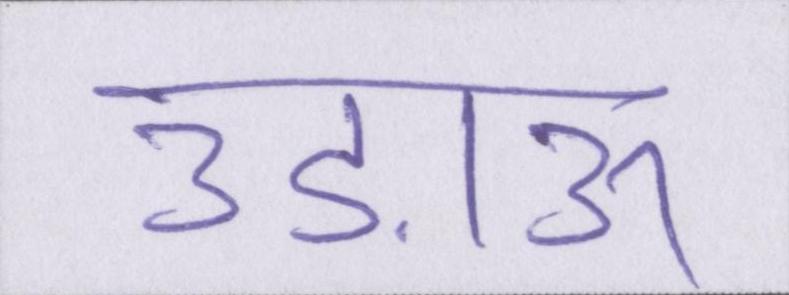
उड़ाऊ